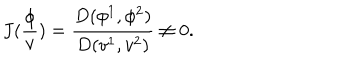
LaTeX: J ( \frac \phi v ) = \frac { D ( \phi ^ { 1 } , \phi ^ { 2 } ) } { D ( v ^ { 1 } , v ^ { 2 } ) } \neq 0 .